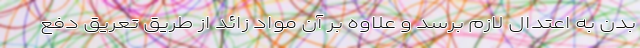
بدن به اعتدال لازم برسد و علاوه بر آن مواد زائد از طریق تعریق دفع